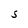
Character: S